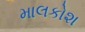
માલકોશ